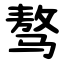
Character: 骜